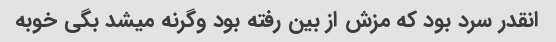
انقدر سرد بود که مزش از بین رفته بود وگرنه میشد بگی خوبه